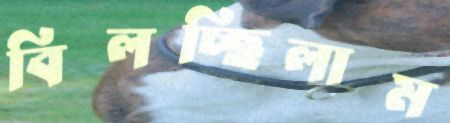
বিলচ্ছিলাম